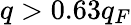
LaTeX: q>0.63q_{F}